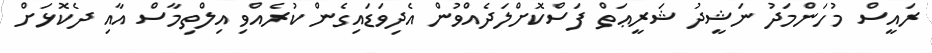
ރައީސް މުހަންމަދު ނަޝީދު ޝަރީޢަތް ފަސްކޮށްލަދެއްވުން އެދިވަޑައިގެން ކުރެއްވި އިލްތިމާސް އާއި ދެކޮޅަށް